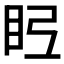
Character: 𭾤